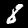
Label: 8